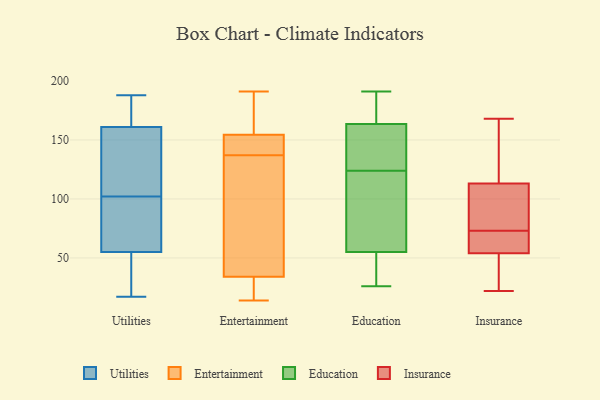
{"axis": {"x": "Page Views", "y": "Value"}, "legend": ["Education", "Entertainment", "Insurance", "Utilities"], "data": [{"x": "", "y": 187, "type": "Utilities"}, {"x": "", "y": 97, "type": "Utilities"}, {"x": "", "y": 161, "type": "Utilities"}, {"x": "", "y": 34, "type": "Utilities"}, {"x": "", "y": 188, "type": "Utilities"}, {"x": "", "y": 138, "type": "Utilities"}, {"x": "", "y": 88, "type": "Utilities"}, {"x": "", "y": 67, "type": "Utilities"}, {"x": "", "y": 151, "type": "Utilities"}, {"x": "", "y": 182, "type": "Utilities"}, {"x": "", "y": 55, "type": "Utilities"}, {"x": "", "y": 17, "type": "Utilities"}, {"x": "", "y": 107, "type": "Utilities"}, {"x": "", "y": 40, "type": "Utilities"}, {"x": "", "y": 31, "type": "Entertainment"}, {"x": "", "y": 167, "type": "Entertainment"}, {"x": "", "y": 178, "type": "Entertainment"}, {"x": "", "y": 14, "type": "Entertainment"}, {"x": "", "y": 155, "type": "Entertainment"}, {"x": "", "y": 36, "type": "Entertainment"}, {"x": "", "y": 153, "type": "Entertainment"}, {"x": "", "y": 125, "type": "Entertainment"}, {"x": "", "y": 154, "type": "Entertainment"}, {"x": "", "y": 62, "type": "Entertainment"}, {"x": "", "y": 149, "type": "Entertainment"}, {"x": "", "y": 191, "type": "Entertainment"}, {"x": "", "y": 121, "type": "Entertainment"}, {"x": "", "y": 149, "type": "Entertainment"}, {"x": "", "y": 32, "type": "Entertainment"}, {"x": "", "y": 20, "type": "Entertainment"}, {"x": "", "y": 153, "type": "Education"}, {"x": "", "y": 33, "type": "Education"}, {"x": "", "y": 62, "type": "Education"}, {"x": "", "y": 123, "type": "Education"}, {"x": "", "y": 80, "type": "Education"}, {"x": "", "y": 48, "type": "Education"}, {"x": "", "y": 143, "type": "Education"}, {"x": "", "y": 191, "type": "Education"}, {"x": "", "y": 127, "type": "Education"}, {"x": "", "y": 125, "type": "Education"}, {"x": "", "y": 174, "type": "Education"}, {"x": "", "y": 45, "type": "Education"}, {"x": "", "y": 80, "type": "Education"}, {"x": "", "y": 26, "type": "Education"}, {"x": "", "y": 186, "type": "Education"}, {"x": "", "y": 191, "type": "Education"}, {"x": "", "y": 113, "type": "Insurance"}, {"x": "", "y": 123, "type": "Insurance"}, {"x": "", "y": 89, "type": "Insurance"}, {"x": "", "y": 57, "type": "Insurance"}, {"x": "", "y": 22, "type": "Insurance"}, {"x": "", "y": 29, "type": "Insurance"}, {"x": "", "y": 110, "type": "Insurance"}, {"x": "", "y": 55, "type": "Insurance"}, {"x": "", "y": 54, "type": "Insurance"}, {"x": "", "y": 168, "type": "Insurance"}]}